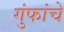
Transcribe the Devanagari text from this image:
गुंफांचे